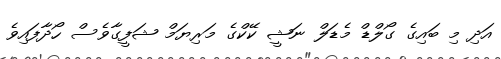
އަދި މި ބައިގެ ގޯލްޑް މެޑަލް ނަޝީ ކޭކްގެ މަރިޔަމް ޝަފީގާވެސް ހޯދާފައިވެ